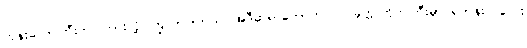
ဘုန်းတော်ကြီးက ကြားလို့ ကြွလာပါတယ်၊ အဲဒီဆရာတော်ကလဲ ပခုက္ကူတိုက်ကြီးမှာ ရဟန်းကလေး